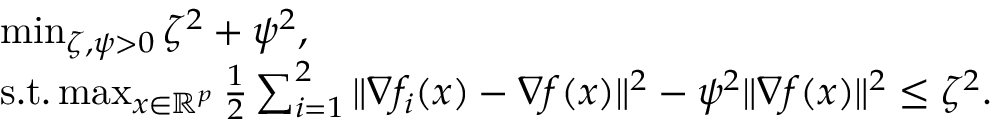
\begin{array} { r l } & { \operatorname* { m i n } _ { \zeta , \psi > 0 } \zeta ^ { 2 } + \psi ^ { 2 } , } \\ & { \mathrm { s . t . } \operatorname* { m a x } _ { x \in \mathbb { R } ^ { p } } \frac { 1 } { 2 } \sum _ { i = 1 } ^ { 2 } \Vert \nabla f _ { i } ( x ) - \nabla f ( x ) \Vert ^ { 2 } - \psi ^ { 2 } \Vert \nabla f ( x ) \Vert ^ { 2 } \leq \zeta ^ { 2 } . } \end{array}